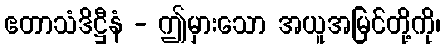
ဧတာသံဒိဋ္ဌီနံ - ဤမှားသော အယူအမြင်တို့ကို၊